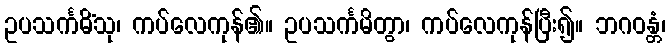
ဥပသင်္ကမိံသု၊ ကပ်လေကုန်၏။ ဥပသင်္ကမိတွာ၊ ကပ်လေကုန်ပြီး၍။ ဘဂဝန္တံ၊